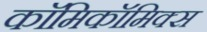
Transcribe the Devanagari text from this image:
काॅमिकॉमिक्स